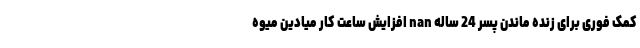
کمک فوری برای زنده ماندن پسر 24 ساله nan افزایش ساعت کار میادین میوه